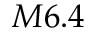
M 6 . 4